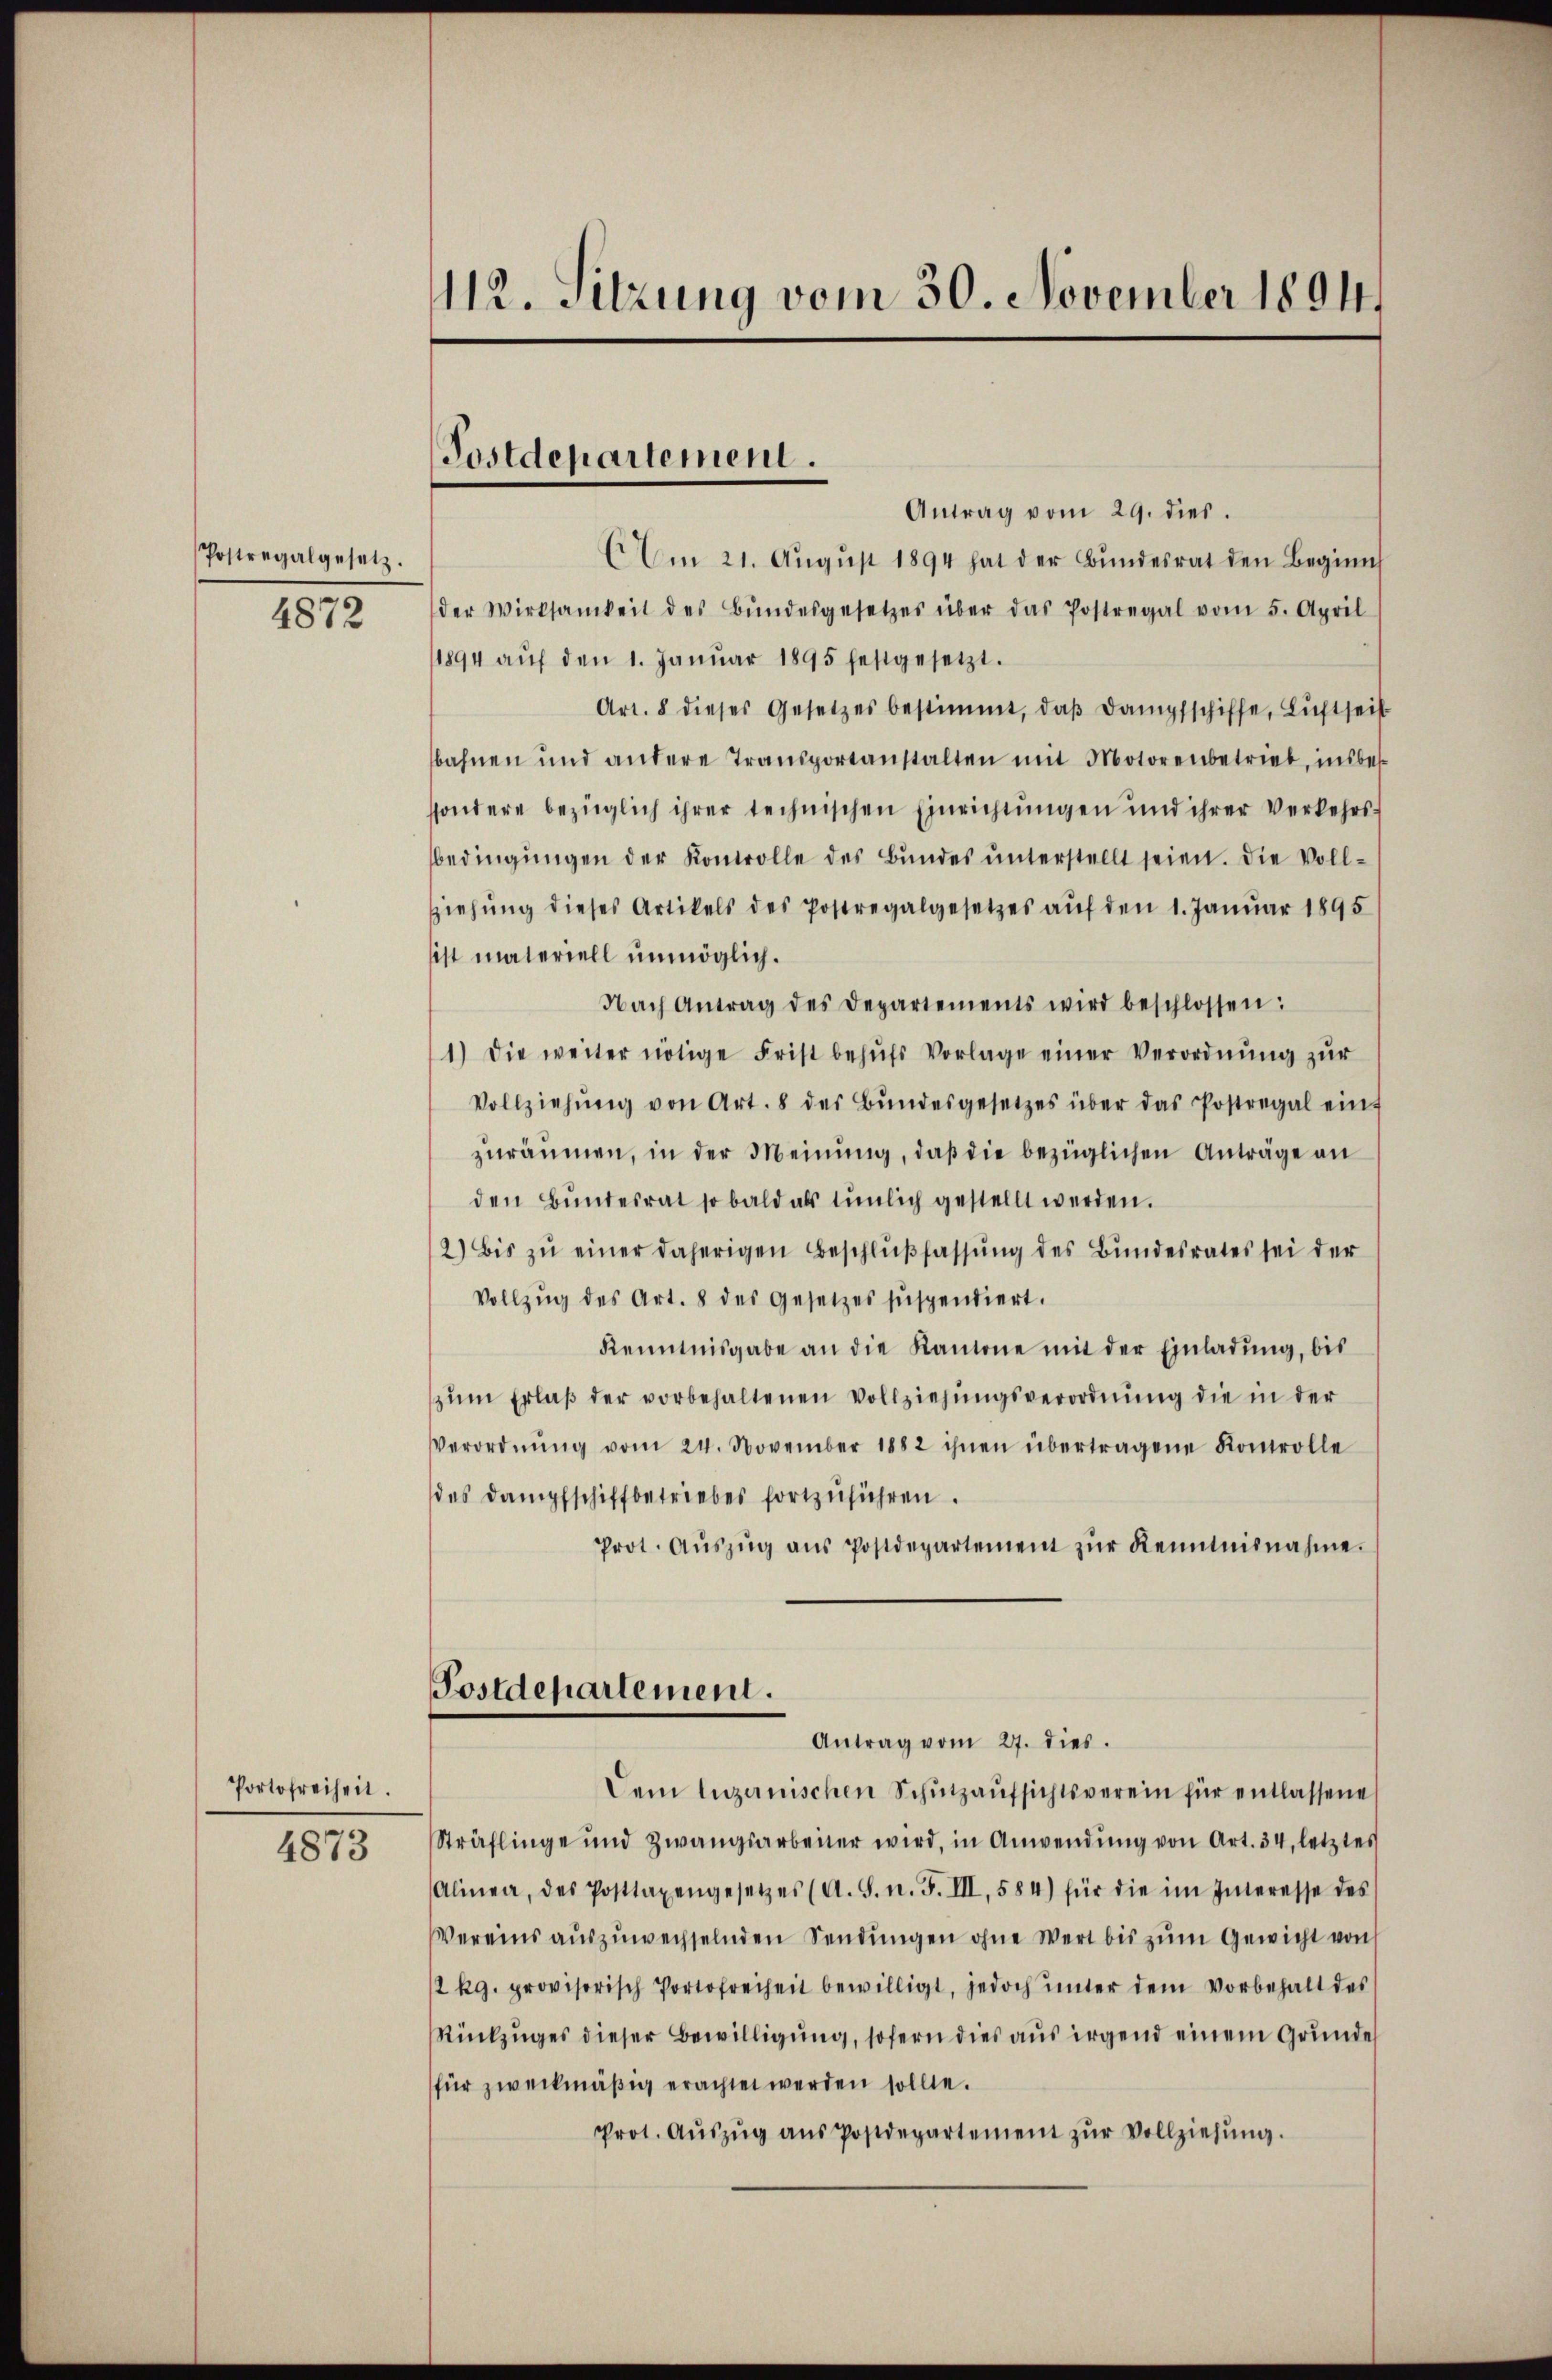
Postregalgesetz.
4872

Portofreiheit.

4873

112. Sitzung vom 30. November 1894

Postdepartement.

Antrag vom 29. dies.
Am 21. August 1894 hat der Bundesrat den Beginn
der Wirksamkeit des Bŭndesgesetzes über das Postregal vom 5. April
1894 aŭf den 1. Janŭar 1895 festgesetzt.
Art. 8 dieses Gesetzes bestimmt, daβ dampfschiffe, Luftseit
bahnen und andere Transportanstalten mit Motorenbetrieb, insbesssondere bezüglich ihrer technischen Einrichtungen und ihrer Verkehrs-
bedingŭngen der Kontrolle des Bundes ŭnterstellt seien. Die Voll¬
Ziehŭng dieses Artikels des Postregalgesetzes aŭf den 1. Janŭar 1895
ist materiell unmöglich.
Nach Antrag des Departements wird beschlossen:
1.) Die weiter nötige Frist behŭfs Vorlage einer Verordnŭng zŭr
Vollziehŭng von Art. 8 der Bŭndesgesetzes über das Postregal eint
zuräumen, in der Meinung, daß die bezüglichen Anträge an
den Bŭndesrat so bald als tŭnlich gestellt werden.
2) Bis zŭ einer daherigen Beschlŭβfassŭng des Bŭndesrates sei der
Vollzŭg des Art. 8 des Gesetzes suspendiert.
Kenntnisgabe an die Kantone mit der Einladung, bis
zŭm Erlaβ der vorbehaltenen Vollziehŭngsverordnŭng die in der
Verordnŭng vom 24. November 1882 ihnen übertragene Kontrolle
des Dampfschiffbetriebes fortzŭführen.
Prot. Aŭszŭg aŭs Postdepartement zŭr Kenntnisnahme.
Postdepartement.
Antrag vom 27. dies.
Dem luzernischen Schutzaufsichtsverein für entlassene
Sträflinge und zwangsarbeiter wird, in Anwendung von Art. 34, letztes
Alinea, des Posttaxengesetzes (A. S. n. F. III, 584) für die im Interesse des
Vereins auszuwechselnden Sendungen ohne Wert bis zum Gewicht von
/2 kg. provisorisch Portofreiheit bewilligt, jedoch ŭnter dem Vorbehalt des
Rückzuges dieser Bewilligung, sofern dies aus irgend einem Grundes
für zweckmäßig erachtet werden sollte.
Prot. Aŭszŭg aŭs Postdepartement zŭr Vollziehŭng.